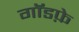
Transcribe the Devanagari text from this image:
गॉडफ़े